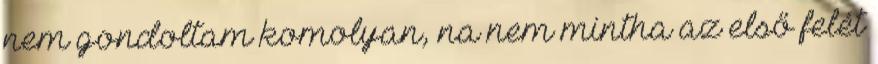
nem gondoltam komolyan, na nem mintha az első felét